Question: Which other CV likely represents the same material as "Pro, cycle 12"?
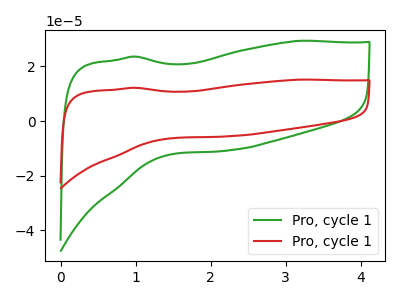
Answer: <think>The green curve "Pro, cycle 11" has no peaks. The red curve "Pro, cycle 12" has no peaks.
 Neither "Pro, cycle 11" or "Pro, cycle 12" have any peaks.</think>
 <answer>The CV with the most similar shape to "Pro, cycle 11" is "Pro, cycle 12".</answer>
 <eval>"Pro, cycle 12"</eval>